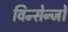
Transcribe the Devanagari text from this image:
विन्सेन्जो